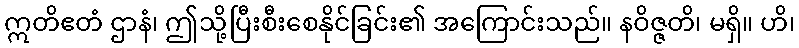
ဣတိဧတံ ဌာနံ၊ ဤသို့ပြီးစီးစေနိုင်ခြင်း၏ အကြောင်းသည်။ နဝိဇ္ဇတိ၊ မရှိ။ ဟိ၊